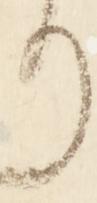
り